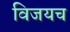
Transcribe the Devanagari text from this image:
विजयच